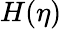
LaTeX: H(\eta)